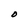
Character: D